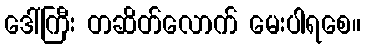
ဒေါ်ကြီး တဆိတ်လောက် မေးပါရစေ။